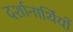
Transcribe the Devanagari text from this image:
दर्शानार्थियों